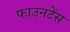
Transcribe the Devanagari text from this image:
फाउनटेंस